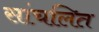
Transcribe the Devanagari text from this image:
सांचलित